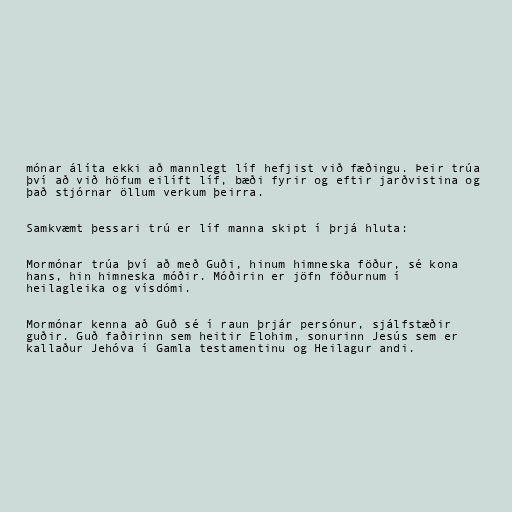
mónar álíta ekki að mannlegt líf hefjist við fæðingu. Þeir trúa
því að við höfum eilíft líf, bæði fyrir og eftir jarðvistina og
það stjórnar öllum verkum þeirra.

Samkvæmt þessari trú er líf manna skipt í þrjá hluta:

Mormónar trúa því að með Guði, hinum himneska föður, sé kona
hans, hin himneska móðir. Móðirin er jöfn föðurnum í
heilagleika og vísdómi.

Mormónar kenna að Guð sé í raun þrjár persónur, sjálfstæðir
guðir. Guð faðirinn sem heitir Elohim, sonurinn Jesús sem er
kallaður Jehóva í Gamla testamentinu og Heilagur andi.